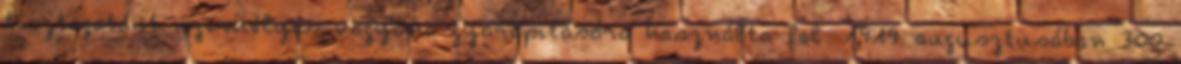
tisztogatást személyes vagyona gyarapítására használta fel. 1919 augusztusában 300